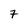
Character: 7